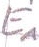
Text: E1